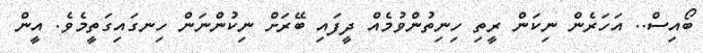
ބޯއިސް.. އަހަރެން ނިކަން ރީތި ހިނިތުންވުމެއް ދީފައި ބޭރަށް ނިކުންނަން ހިނގައިގަތީމެވެ. އީން